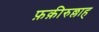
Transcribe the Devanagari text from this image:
फ़क़ीरुल्लाह